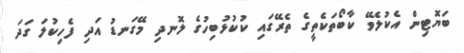
ބަޔޮޓިން އެކުލެވޭ ކާބޯތަކެތީގެ ތެރޭގައި ކުކުޅުބިހުގެ ލޮނދި މޭގަނޑު އަދި ފެހިކުލަ ގަދަ